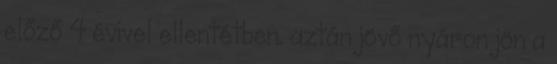
előző 4 évivel ellentétben. aztán jövő nyáron jön a